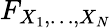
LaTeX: F_{X_{1},\ldots,X_{N}}